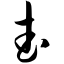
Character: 武